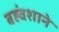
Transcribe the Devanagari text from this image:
बह्वंशाने